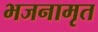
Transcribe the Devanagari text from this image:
भजनामृत